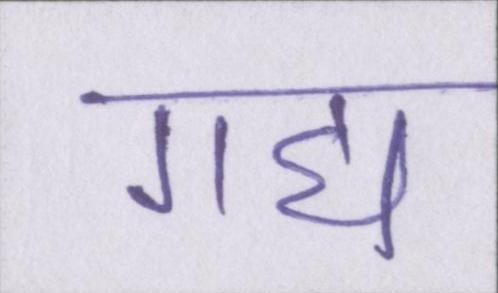
गद्य